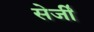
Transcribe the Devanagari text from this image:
सेर्जी